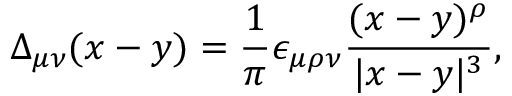
\Delta _ { \mu \nu } ( x - y ) = \frac { 1 } { \pi } \epsilon _ { \mu \rho \nu } \frac { ( x - y ) ^ { \rho } } { | x - y | ^ { 3 } } ,